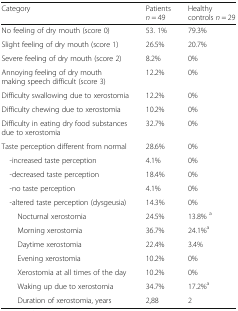
| Category | Patientsn = 49 | Healthy controls n = 29 |
 | --- | --- | --- |
 | No feeling of dry mouth (score 0) | 53. 1% | 79.3% |
 | Slight feeling of dry mouth (score 1) | 26.5% | 20.7% |
 | Severe feeling of dry mouth (score 2) | 8.2% | 0% |
 | Annoying feeling of dry mouthmaking speech difficult (score 3) | 12.2% | 0% |
 | Difficulty swallowing due to xerostomia | 12.2% | 0% |
 | Difficulty chewing due to xerostomia | 10.2% | 0% |
 | Difficulty in eating dry food substances due to xerostomia | 32.7% | 0% |
 | Taste perception different from normal | 28.6% | 0% |
 | -increased taste perception | 4.1% | 0% |
 | -decreased taste perception | 18.4% | 0% |
 | -no taste perception | 4.1% | 0% |
 | -altered taste perception (dysgeusia) | 14.3% | 0% |
 | Nocturnal xerostomia | 24.5% | 13.8% a |
 | Morning xerostomia | 36.7% | 24.1%a |
 | Daytime xerostomia | 22.4% | 3.4% |
 | Evening xerostomia | 10.2% | 0% |
 | Xerostomia at all times of the day | 10.2% | 0% |
 | Waking up due to xerostomia | 34.7% | 17.2%a |
 | Duration of xerostomia, years | 2,88 | 2 |